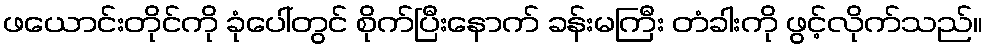
ဖယောင်းတိုင်ကို ခုံပေါ်တွင် စိုက်ပြီးနောက် ခန်းမကြီး တံခါးကို ဖွင့်လိုက်သည်။